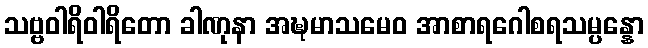
သဗ္ဗဝါရိဝါရိတော ခါဏုနာ အဍ္ဎမာသမေဝ အာစာရဂေါစရသမ္ပန္နော